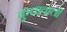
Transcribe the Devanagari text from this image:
कुचावाली